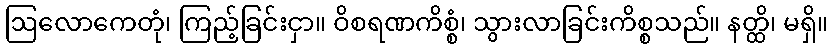
ဩလောကေတုံ၊ ကြည့်ခြင်းငှာ။ ဝိစရဏကိစ္စံ၊ သွားလာခြင်းကိစ္စသည်။ နတ္ထိ၊ မရှိ။